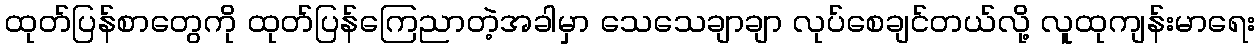
ထုတ်ပြန်စာတွေကို ထုတ်ပြန်ကြေညာတဲ့အခါမှာ သေသေချာချာ လုပ်စေချင်တယ်လို့ လူထုကျန်းမာရေး